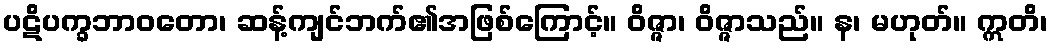
ပဋိပက္ခဘာဝတော၊ ဆန့်ကျင်ဘက်၏အဖြစ်ကြောင့်။ ဝိဇ္ဇာ၊ ဝိဇ္ဇာသည်။ န၊ မဟုတ်။ ဣတိ၊